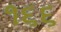
૧૬૬